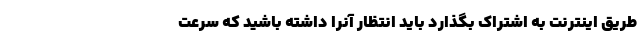
طریق اینترنت به اشتراک بگذارد باید انتظار آنرا داشته باشید که سرعت